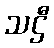
သဌီ